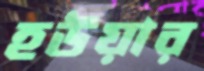
হউয়ার